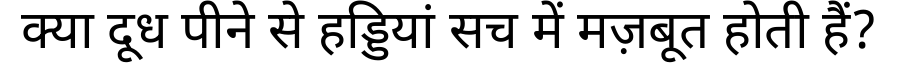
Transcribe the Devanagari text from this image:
क्या दूध पीने से हड्डियां सच में मज़बूत होती हैं?